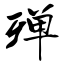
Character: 殚